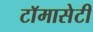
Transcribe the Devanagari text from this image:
टाॅमासेटी